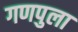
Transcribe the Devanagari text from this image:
गणपुला